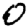
Digit: 0